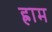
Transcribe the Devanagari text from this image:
ह्राम